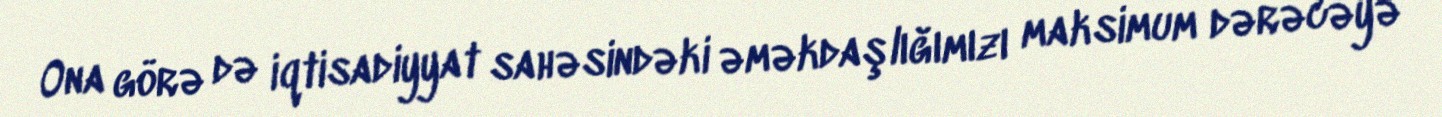
Ona görə də iqtisadiyyat sahəsindəki əməkdaşlığımızı maksimum dərəcəyə